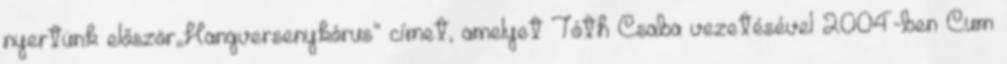
nyertünk először„Hangversenykórus” címet, amelyet Tóth Csaba vezetésével 2004-ben Cum